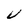
Character: V